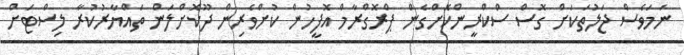
ނަމަވެސް ޖަލުތަކަށް ގޮސް ސްކްރީންކޮށްގެން ޕްރޮގްރާމް އޮފީހުން ކުށްވެރިން ދޫކޮށްލަން ތައްޔާރުކުރާ ލިސްޓަށް